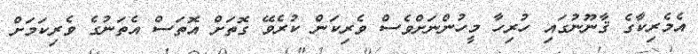
އެމެރިކާގެ ޤާނޫނުގައި ހުރިހާ މީހުންނަށްވެސް ވެރިކަން ކުރެވޭ ގޮތަށް އޮތަސް އެތަނުގެ ވެރިކަމަށް